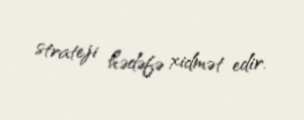
strateji hədəfə xidmət edir.